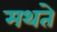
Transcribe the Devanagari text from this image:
मथते